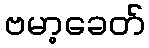
ဗမာ့ခေတ်